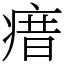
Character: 瘄